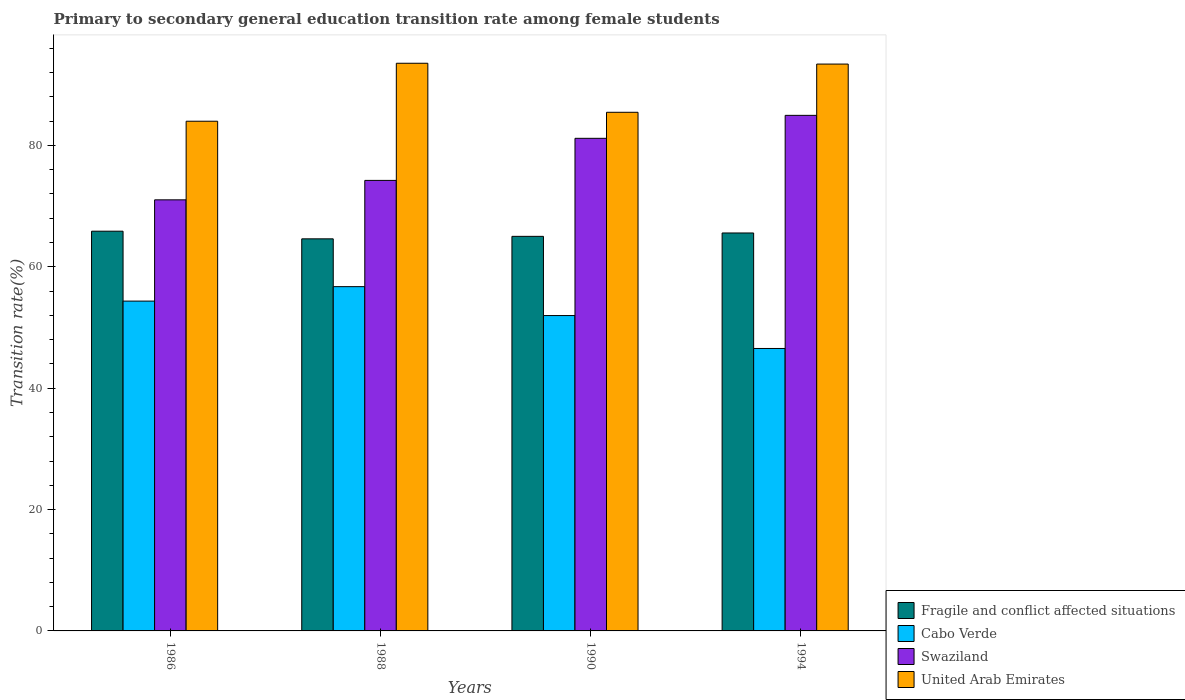
| Years | Fragile and conflict affected situations | Cabo Verde | Swaziland | United Arab Emirates |
 | --- | --- | --- | --- | --- |
 | 1986 | 65.9 | 54.4 | 71 | 84 |
 | 1988 | 64.6 | 56.7 | 74.2 | 93.5 |
 | 1990 | 65 | 52 | 81.2 | 85.5 |
 | 1994 | 65.6 | 46.5 | 85 | 93.4 |